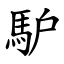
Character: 馿